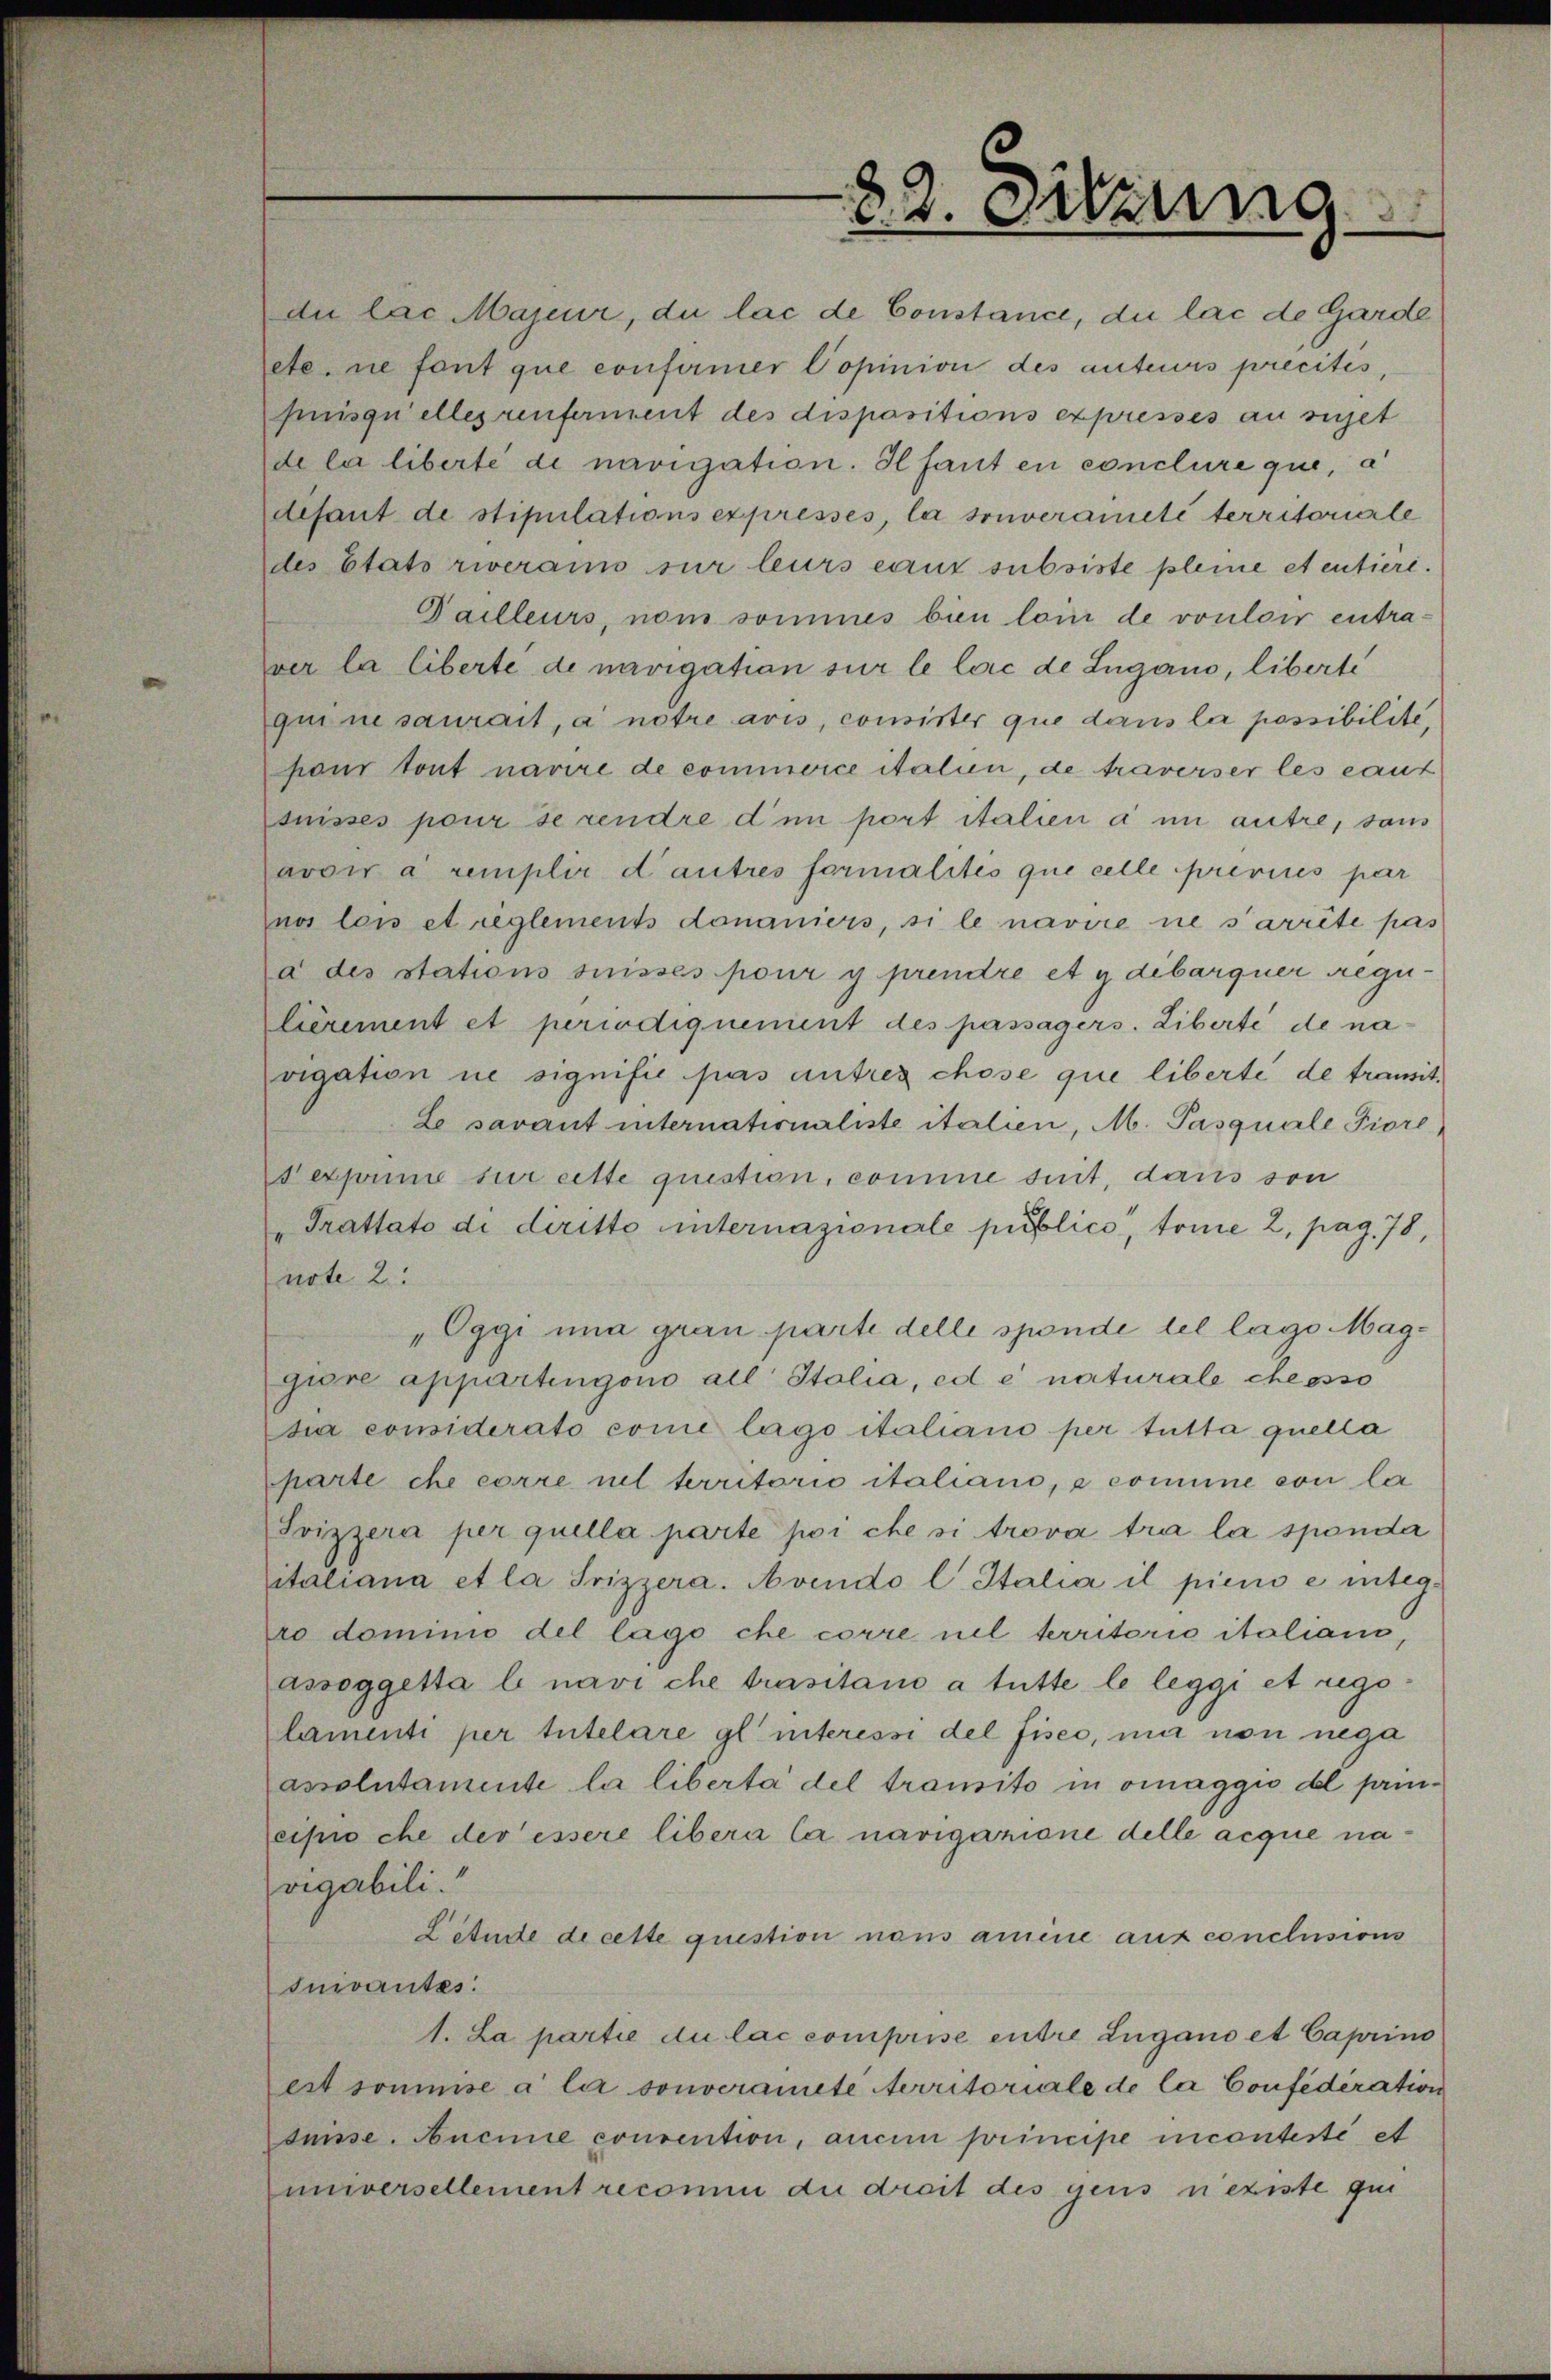
22. Sitzung

etc. nie font que confirmer Popinion des anteurs precites
huisquelles renferment des dispositions expresses au sichet
de la liberte di navigation. Hfant en conclure que, a
disant de stipulations expressés la souveraineté territorierle
des Etato riverains sur leurs eaux subsiste pleme et entiere.
Failleurs, nom sommes bien loin de vouloir entraver la liberte de navigation sur le loic de Lugano, liberte
qui ne saurait, a notre avis, consister que dans la possibilite
pour tout navire de commorce italien, de traverser les caut
tnisses pour se rendre dim port italien a im autre, sans
avoir à remplir dautres formalités que celle previces par
nos lois et reglements donaniers, si le navire ne s’arrête pas
a des stations suisses pour y prendre et y debarquer Regulièrement et periodiquement des passagers. Liberté de navigation ne signifié pas antres chose que liberte de transit¬
Le savant internationaliste italien, M. Pasquale Fiore,
dexprime sur cette question, comme suit, dans son
Trattato di diritto internazionale publico, trine 2, pag. 78,
note 2.
„Oggi una grau parte delle sponde tel lage Maggiore appartingono all Italia, ed e naturale cheosso
di considerato come lago italiano per tutta quella
parte che corre nel territorio italiano, e comune con la
Svizzera per quella parte poi che si trova tra la sponda
italiana et la Frizzera. Avendo l Italia il pieno e integ-
ro dominio del lago che corre nel territorio italians,
assoggetta le navi che trasitano a tutte le leggi et regolamenti per tutelare gl interessi del fises, mir non nega
assolutamente la liberta del transito in oinaggio del principroche der essere libera la navigazione delle acque navigabili.“
Lötude de cette question nous amine auf conclusions
Iuivantes:
1. La partie du lac comprise entre Lugano et Caprino
est soumise a la souveranete erritoriale de la Confederation
süsse. Aucune convention, aucun principe incontesté et
universellement recomm die dreit des gens n’existe gei

du las Majeur, du lac de Constance, die lac de Garde